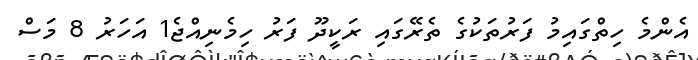
އެންމެ ހިތްގައިމު ފަރުތަކުގެ ތެރޭގައި ރަކީދޫ ފަރު ހިމެނިއްޖެ1 އަހަރު 8 މަސް